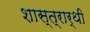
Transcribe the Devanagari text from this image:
शास्त्रार्थी